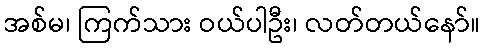
အစ်မ၊ ကြက်သား ဝယ်ပါဦး၊ လတ်တယ်နော်။